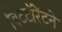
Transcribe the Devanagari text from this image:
बिटटॉरेंटने